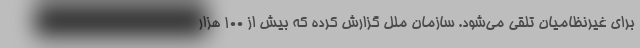
برای غیرنظامیان تلقی می‌شود. سازمان ملل گزارش کرده که بیش از ۱۰۰ هزار